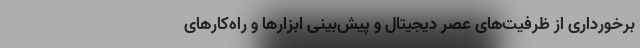
برخورداری از ظرفیت‌‌های عصر دیجیتال و پیش‌بینی ابزارها و راه‌کارهای